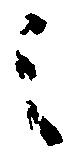
之